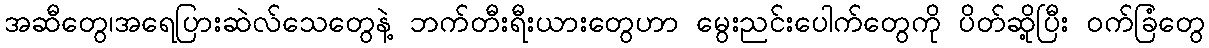
အဆီတွေ၊အရေပြားဆဲလ်သေတွေနဲ့ ဘက်တီးရီးယားတွေဟာ မွေးညင်းပေါက်တွေကို ပိတ်ဆို့ပြီး ဝက်ခြံတွေ